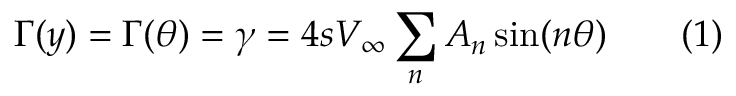
\Gamma ( y ) = \Gamma ( \theta ) = \gamma = 4 s V _ { \infty } \sum _ { n } { A _ { n } \sin ( n \theta } ) \qquad ( 1 )